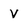
Character: V